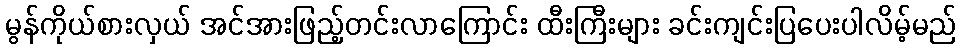
မွန်ကိုယ်စားလှယ် အင်အားဖြည့်တင်းလာကြောင်း ထီးကြီးများ ခင်းကျင်းပြပေးပါလိမ့်မည်